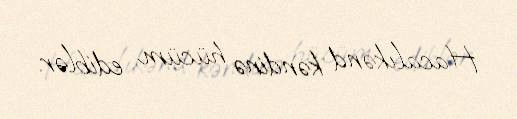
Hacalıkənd kəndinə hücüm ediblər.